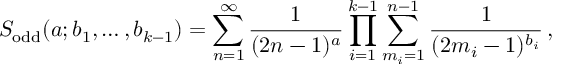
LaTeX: S _ { \mathrm { o d d } } ( a ; b _ { 1 } , \ldots , b _ { k - 1 } ) = \sum _ { n = 1 } ^ { \infty } \frac { 1 } { ( 2 n - 1 ) ^ { a } } \prod _ { i = 1 } ^ { k - 1 } \sum _ { m _ { i } = 1 } ^ { n - 1 } \frac { 1 } { ( 2 m _ { i } - 1 ) ^ { b _ { i } } } \, ,